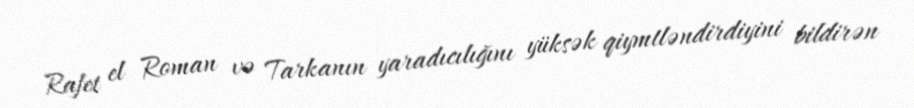
Rafet el Roman və Tarkanın yaradıcılığını yüksək qiymtləndirdiyini bildirən